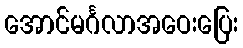
အောင်မင်္ဂလာအဝေးပြေး